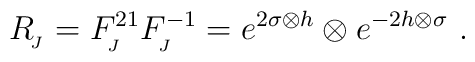
R_{_{\!J}}=F^{21}_{_{\!J}}F^{-1}_{_{\!J}}=e^{2\sigma \otimes h}\otimes e^{-2h\otimes \sigma}~.